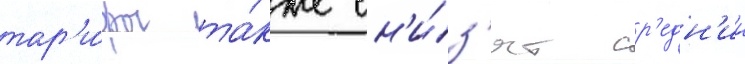
тар'и́фы та́кже сн'и́з'ят ср'едн'ии